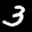
Label: 3